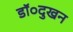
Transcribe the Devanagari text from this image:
डॉ०दुखन